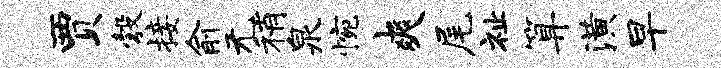
贾彀接俞无稍泉惋爽尾祉算潢早